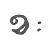
ខៈ